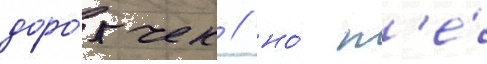
доро́жек / но́ н'е́